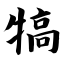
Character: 犒